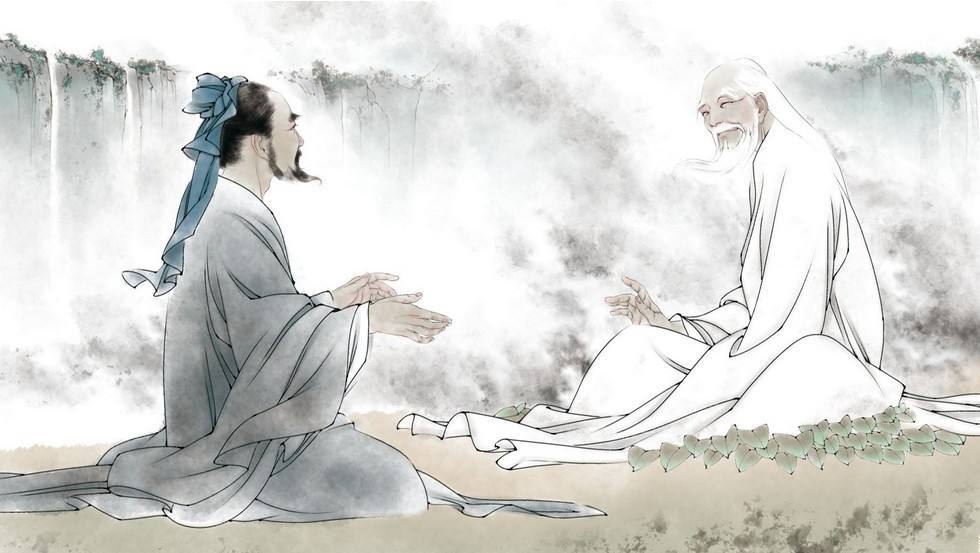
风起。雪飞炎海变清凉。